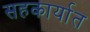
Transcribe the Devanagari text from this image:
सहकार्यात